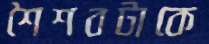
শৈশবটাকে